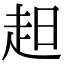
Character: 𧺝